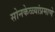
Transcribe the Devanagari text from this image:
सोनकेळ्यांप्रमाणे